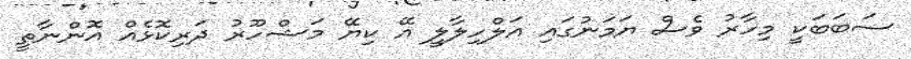
ސަބަބަކީ މިހާރު ވެސް ޔަމަނުގައި އަލްހިލާލީ އޭ ކިޔޭ މަޝްހޫރު ދަރިކޮޅެއް އޮންނާތީ